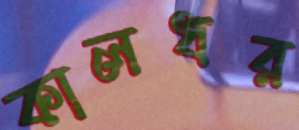
কালধর